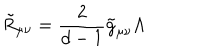
LaTeX: \tilde { R } _ { \mu \nu } = \frac { 2 } { d - 1 } \tilde { g } _ { \mu \nu } \Lambda